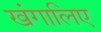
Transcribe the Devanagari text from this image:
खंगालिए